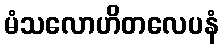
မံသလောဟိတလေပနံ